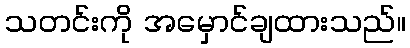
သတင်းကို အမှောင်ချထားသည်။